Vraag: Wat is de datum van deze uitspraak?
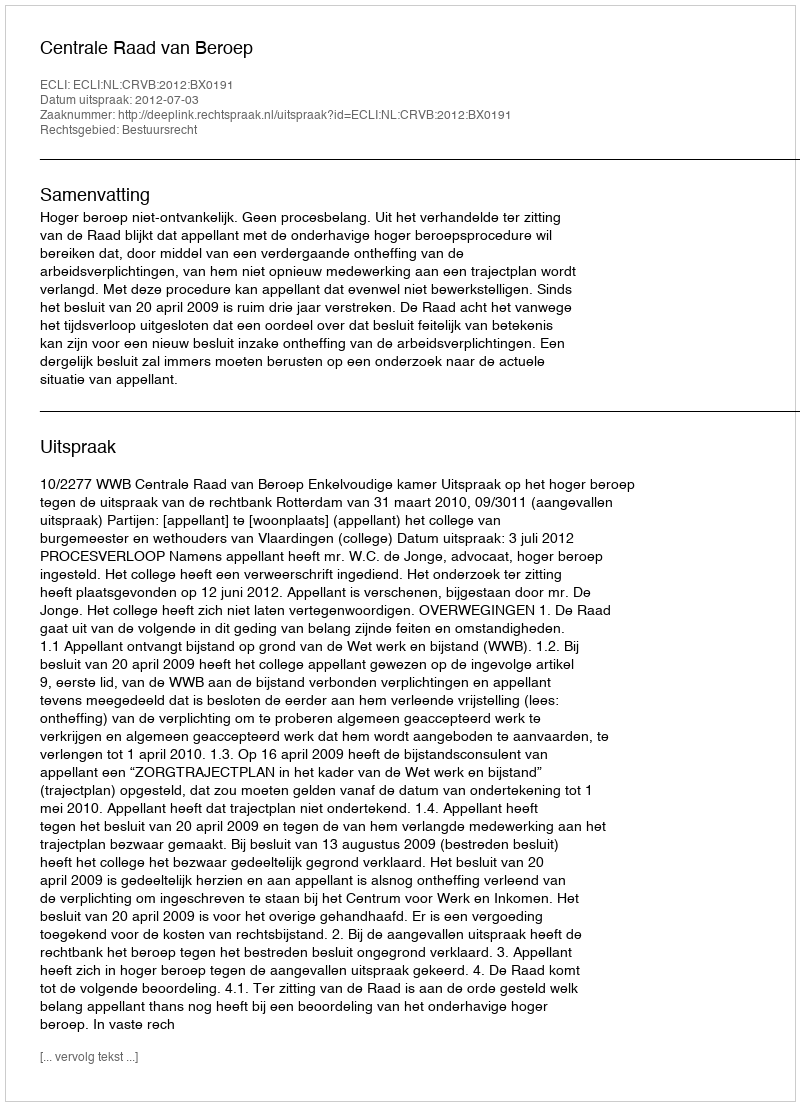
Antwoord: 2012-07-03